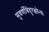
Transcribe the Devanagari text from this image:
सुवर्णबिंदुरक्षोभ्यः